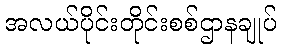
အလယ်ပိုင်းတိုင်းစစ်ဌာနချုပ်